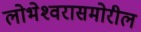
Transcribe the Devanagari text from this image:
लोभेश्‍वरासमोरील